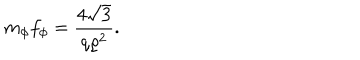
m _ { \phi } f _ { \phi } = \frac { 4 \sqrt { 3 } } { q \varrho ^ { 2 } } .